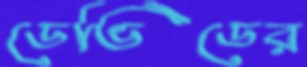
ডেভিডের